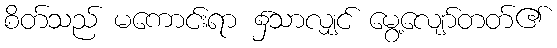
စိတ်သည် မကောင်းရာ ၌သာလျှင် မွေ့လျော်တတ်၏